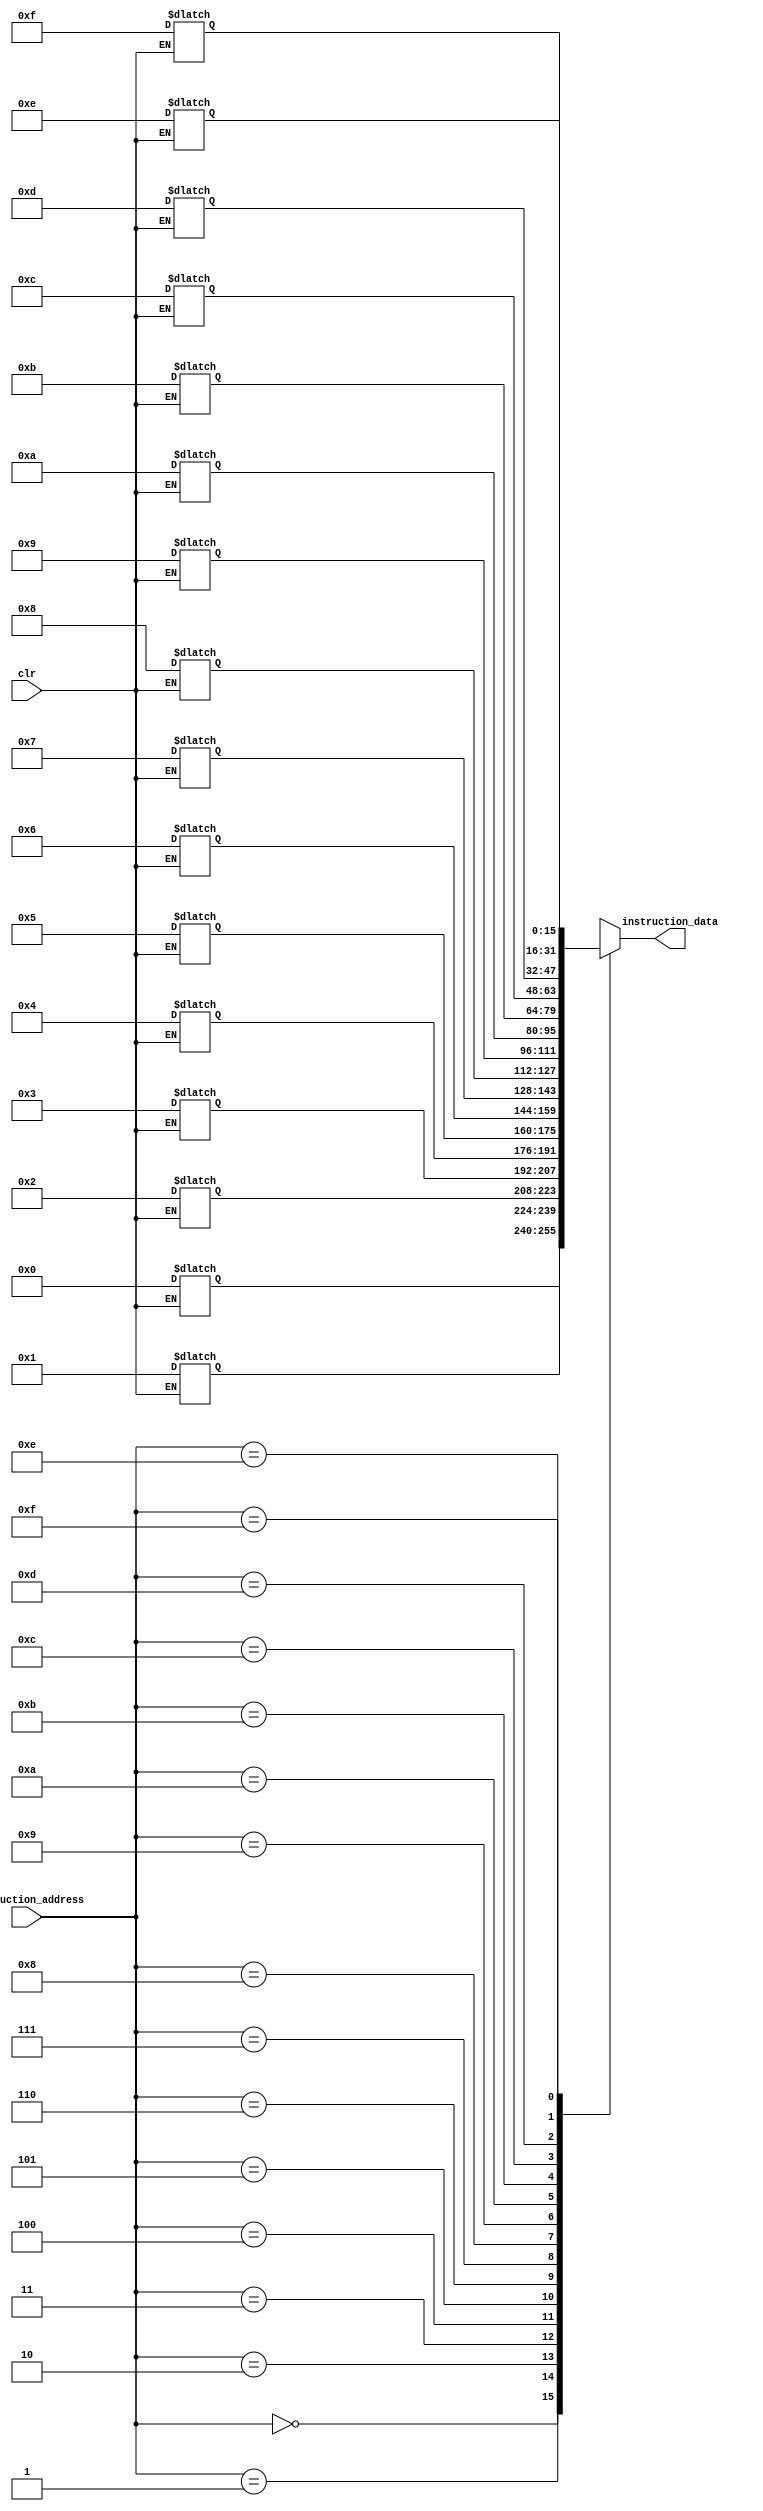
module instruction_memory(
	input [3:0]instruction_address,
	input clr,
	output [15:0]instruction_data);

reg [15:0]mem[15:0];

assign instruction_data=mem[instruction_address];

always@(*)
begin
if(clr==0)
	begin
	mem[0]<=16'h0000;
	mem[1]<=16'h0001;
	mem[2]<=16'h0002;
	mem[3]<=16'h0003;
	mem[4]<=16'h0004;
	mem[5]<=16'h0005;
	mem[6]<=16'h0006;
	mem[7]<=16'h0007;
	mem[8]<=16'h0008;
	mem[9]<=16'h0009;
	mem[10]<=16'h000a;
	mem[11]<=16'h000b;
	mem[12]<=16'h000c;
	mem[13]<=16'h000d;
	mem[14]<=16'h000e;
	mem[15]<=16'h000f;
	end
end
endmodule 



module test_instruction_memory();

reg [3:0]instruction_address;
reg clr;
wire [15:0]instruction_data;

instruction_memory i_im(instruction_address, clr, instruction_data);

initial begin
clr=0;
#10 clr=1;
#10 instruction_address=0;
#10 instruction_address=1;
#10 instruction_address=2;
end
endmodule